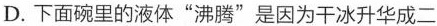
D.下面碗里的液体”沸腾”是因为干冰升华成二